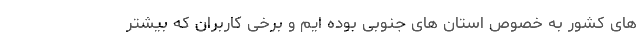
های کشور به خصوص استان های جنوبی بوده ایم و برخی کاربران که بیشتر